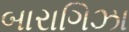
બારાગિઝા